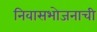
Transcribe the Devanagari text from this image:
निवासभोजनाची